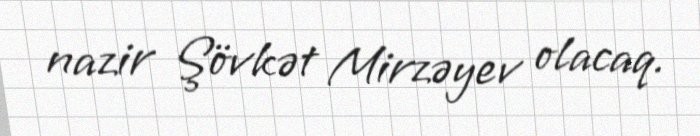
nazir Şövkət Mirzəyev olacaq.